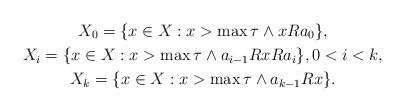
LaTeX: \begin{gather*} X_0 = \{x \in X: x > \max \tau \wedge x R a_0\}, \\ X_i = \{x \in X: x > \max \tau \wedge a_{i-1} R x R a_i\}, 0 < i < k, \\ X_k = \{x \in X: x > \max \tau \wedge a_{k-1} R x\}.\end{gather*}